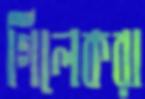
গিলেকরা